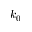
k _ { 0 }